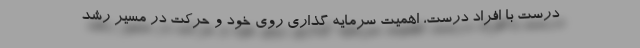
درست با افراد درست، اهمیت سرمایه گذاری روی خود و حرکت در مسیر رشد